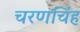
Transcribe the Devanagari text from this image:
चरणचिंह